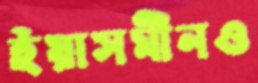
ইয়াসমীনও